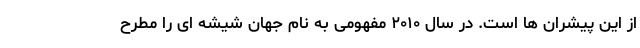
از این پیشران ها است. در سال ۲۰۱۰ مفهومی به نام جهان شیشه ای را مطرح